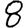
Digit: 8